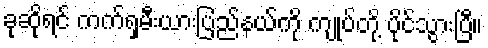
ခုဆိုရင် ကက်ရှမီးယားပြည်နယ်ကို ကျုပ်တို့ ပိုင်သွားပြီ။